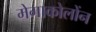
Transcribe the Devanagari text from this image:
मेगाकोलोंन